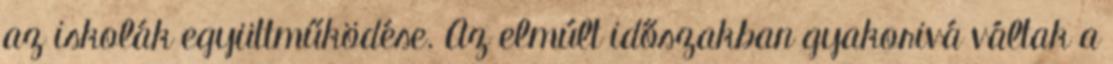
az iskolák együttműködése. Az elmúlt időszakban gyakorivá váltak a